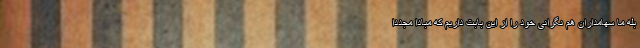
بله ما سهامداران هم نگرانی خود را از این بابت داریم که مبادا مجدداً